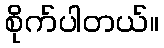
စိုက်ပါတယ်။